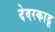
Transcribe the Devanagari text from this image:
देवरकाडू